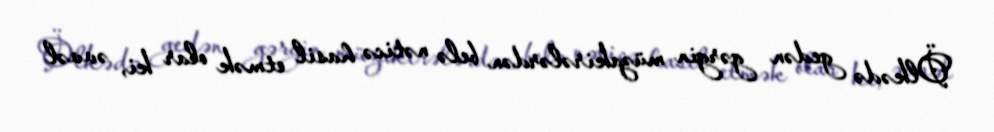
Ölkədə gedən gərgin müzakirələrdən belə nəticə hasil etmək olar ki, əvvəl